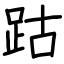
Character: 跍